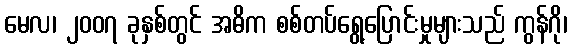
မေလ၊ ၂၀၀၇ ခုနှစ်တွင် အဓိက စစ်တပ်ရွေ့ပြောင်းမှုများသည် ကွန်ဂို၊